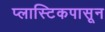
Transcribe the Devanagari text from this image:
प्लास्टिकपासून